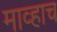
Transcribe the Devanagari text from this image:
माव्हाच